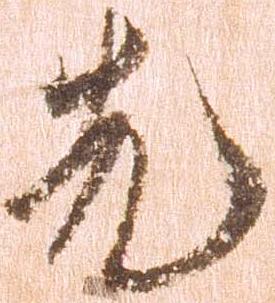
先